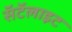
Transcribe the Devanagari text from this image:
सॅटॅलाइट